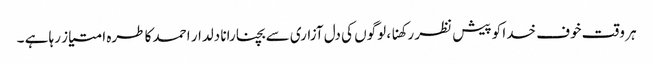
ہر وقت خوف خدا کو پیش نظر رکھنا ، لوگوں کی دل آزاری سے بچنا رانا دلدار احمد کا طرہ امتیاز رہا ہے ۔